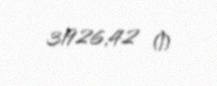
31926,42 ₼